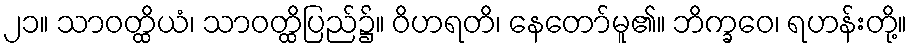
၂၁။ သာဝတ္ထိယံ၊ သာဝတ္ထိပြည်၌။ ဝိဟရတိ၊ နေတော်မူ၏။ ဘိက္ခဝေ၊ ရဟန်းတို့။